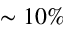
\sim 1 0 \%